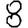
Digit: 8